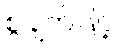
စွဲချက်ဖြင့်